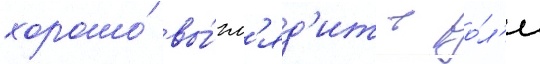
хорошо́ вы́гл'яд'ит в ро́л'и